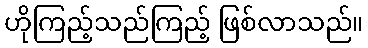
ဟိုကြည့်သည်ကြည့် ဖြစ်လာသည်။